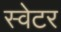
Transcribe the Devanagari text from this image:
स्‍वेटर